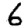
Digit: 6